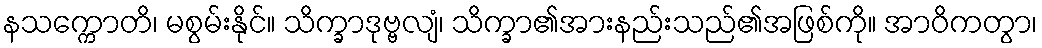
နသက္ကောတိ၊ မစွမ်းနိုင်။ သိက္ခာဒုဗ္ဗလျံ၊ သိက္ခာ၏အားနည်းသည်၏အဖြစ်ကို။ အာဝိကတွာ၊